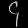
Digit: ၄